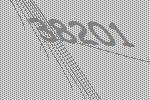
38201